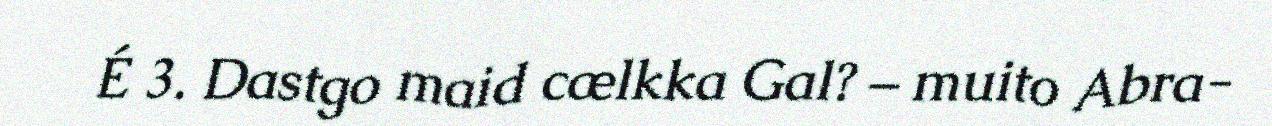
É 3. Dastgo maid cælkka Gal? – muito Abra-